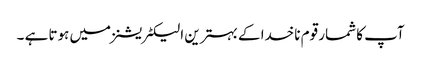
آپ کا شمار قوم ناخدا کے بہترین الیکٹریشنز میں ہوتا ہے ۔